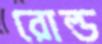
রোল্ড